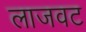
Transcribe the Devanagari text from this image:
लाजवट